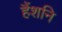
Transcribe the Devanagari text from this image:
हैंशनि